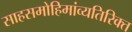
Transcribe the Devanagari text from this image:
साहसमोहिमांव्यतिरिक्त